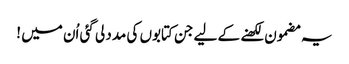
یہ مضمون لکھنے کے لیے جن کتابوں کی مدد لی گئی اُن میں !